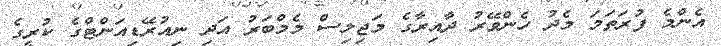
އެންމެ ފުރަތަމަ މެދު ހެންވޭރު ދާއިރާގެ މަޖިލިސް މެމްބަރު އަދި ނިއުރޭޑިއަންޓްގެ ކުރީގެ